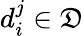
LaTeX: d_{i}^{j}\in\mathfrak{D}